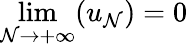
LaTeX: \lim\limits_{\mathcal{N}\rightarrow+\infty}(u_{\mathcal{N}})=0